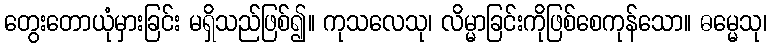
တွေးတောယုံမှားခြင်း မရှိသည်ဖြစ်၍။ ကုသလေသု၊ လိမ္မာခြင်းကိုဖြစ်စေကုန်သော။ ဓမ္မေသု၊